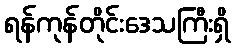
ရန်ကုန်တိုင်းဒေသကြီးရှိ